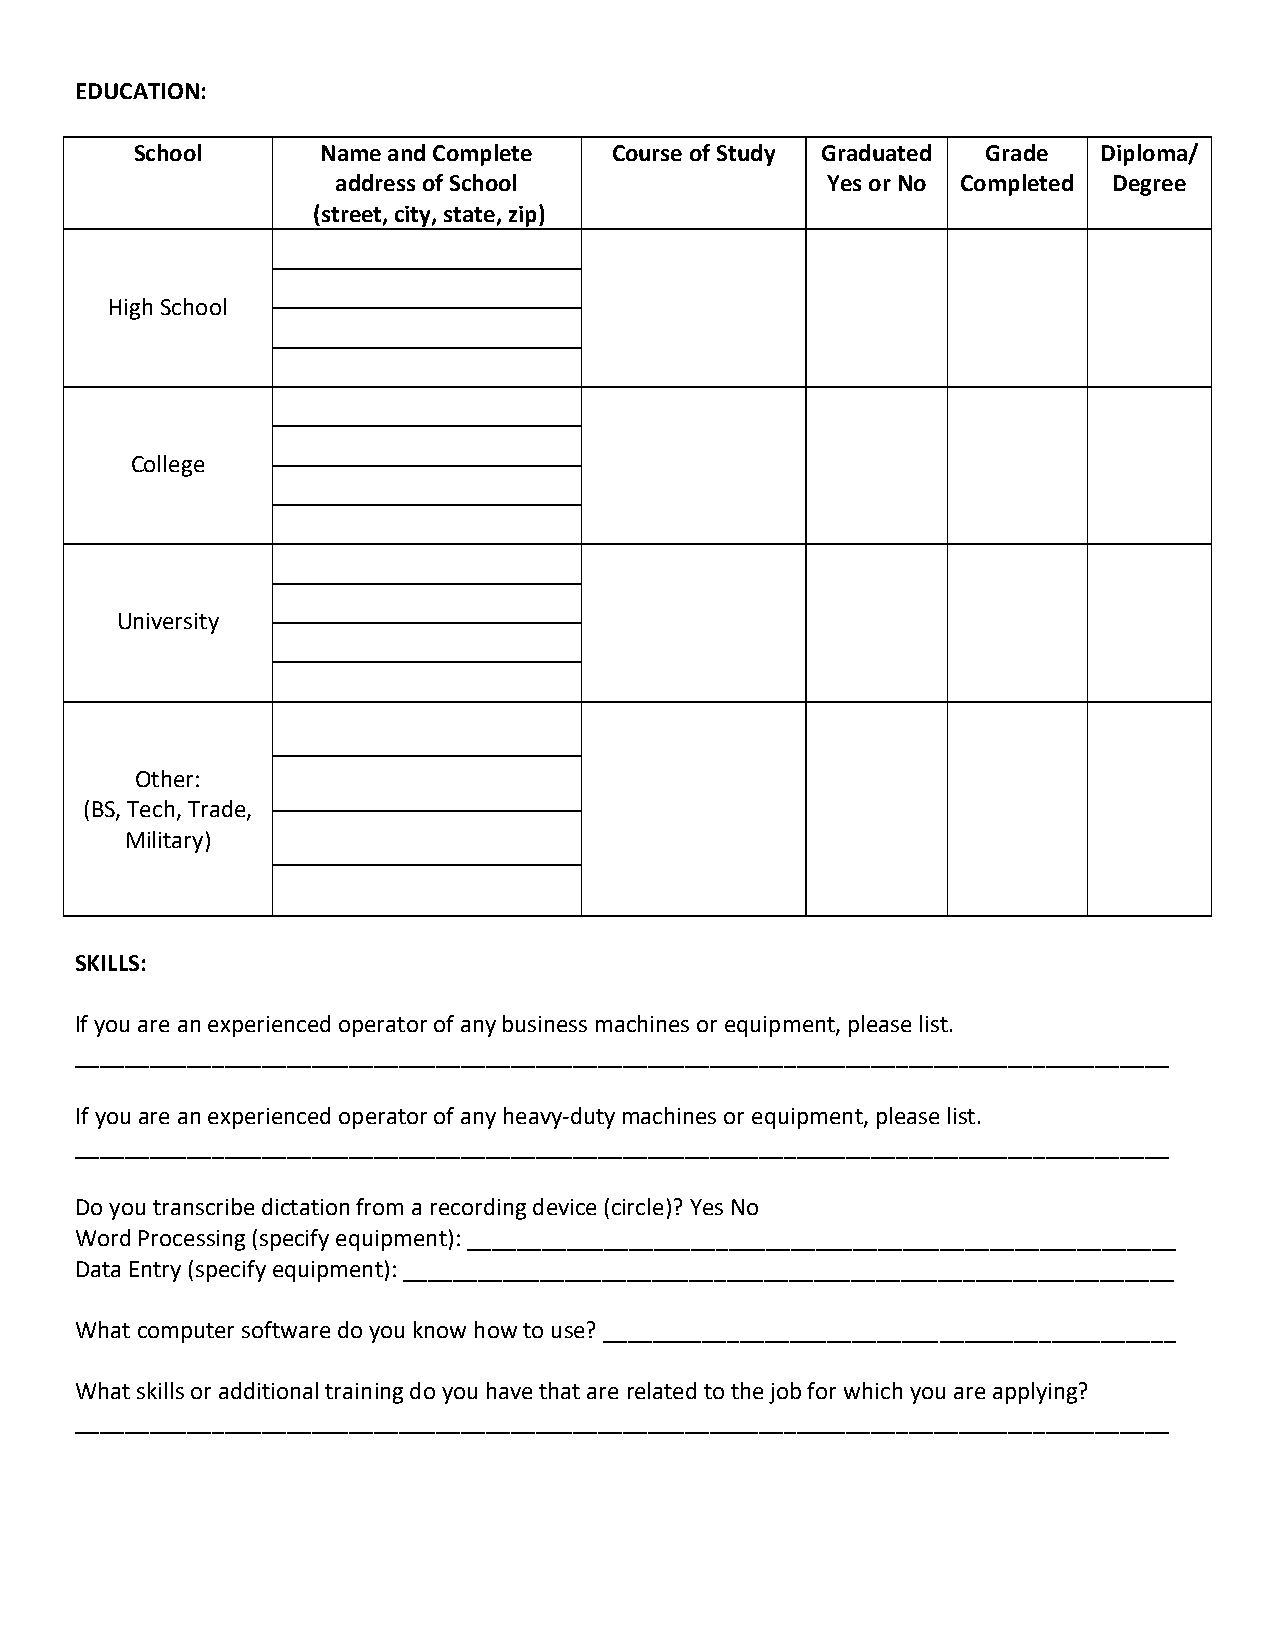
EDUCATION:
 School      Name and Complete   Course of Study Graduated Grade Diploma/
 address of School                Yes or No Completed Degree
 (street, city, state, zip)
 High School
 College
 University
 Other:
 (BS, Tech, Trade,
 Military)
 SKILLS:
 If you are an experienced operator of any business machines or equipment, please list.
 ________________________________________________________________________________________
 If you are an experienced operator of any heavy-duty machines or equipment, please list.
 ________________________________________________________________________________________
 Do you transcribe dictation from a recording device (circle)? Yes No
 Word Processing (specify equipment): _________________________________________________________
 Data Entry (specify equipment): ______________________________________________________________
 What computer software do you know how to use? ______________________________________________
 What skills or additional training do you have that are related to the job for which you are applying?
 ________________________________________________________________________________________